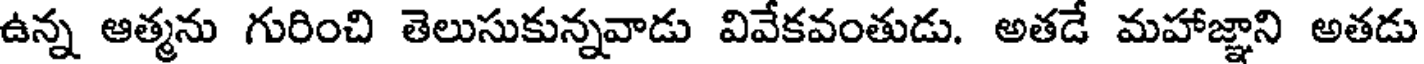
ఉన్న ఆత్మను గురించి తెలుసుకున్నవాడు వివేకవంతుడు. అతడే మహాజ్ఞాని అతడు